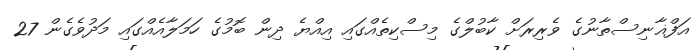
އަފްޣާނިސްތާނުގެ ވެރިރަށް ކާބުލްގެ މިސްކިތެއްގައި އިއްޔެ ދިން ބޮމުގެ ހަމަލާއެއްގައި މަދުވެގެން 27